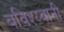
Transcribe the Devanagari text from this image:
बविश्य्वानी